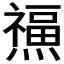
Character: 𤑏